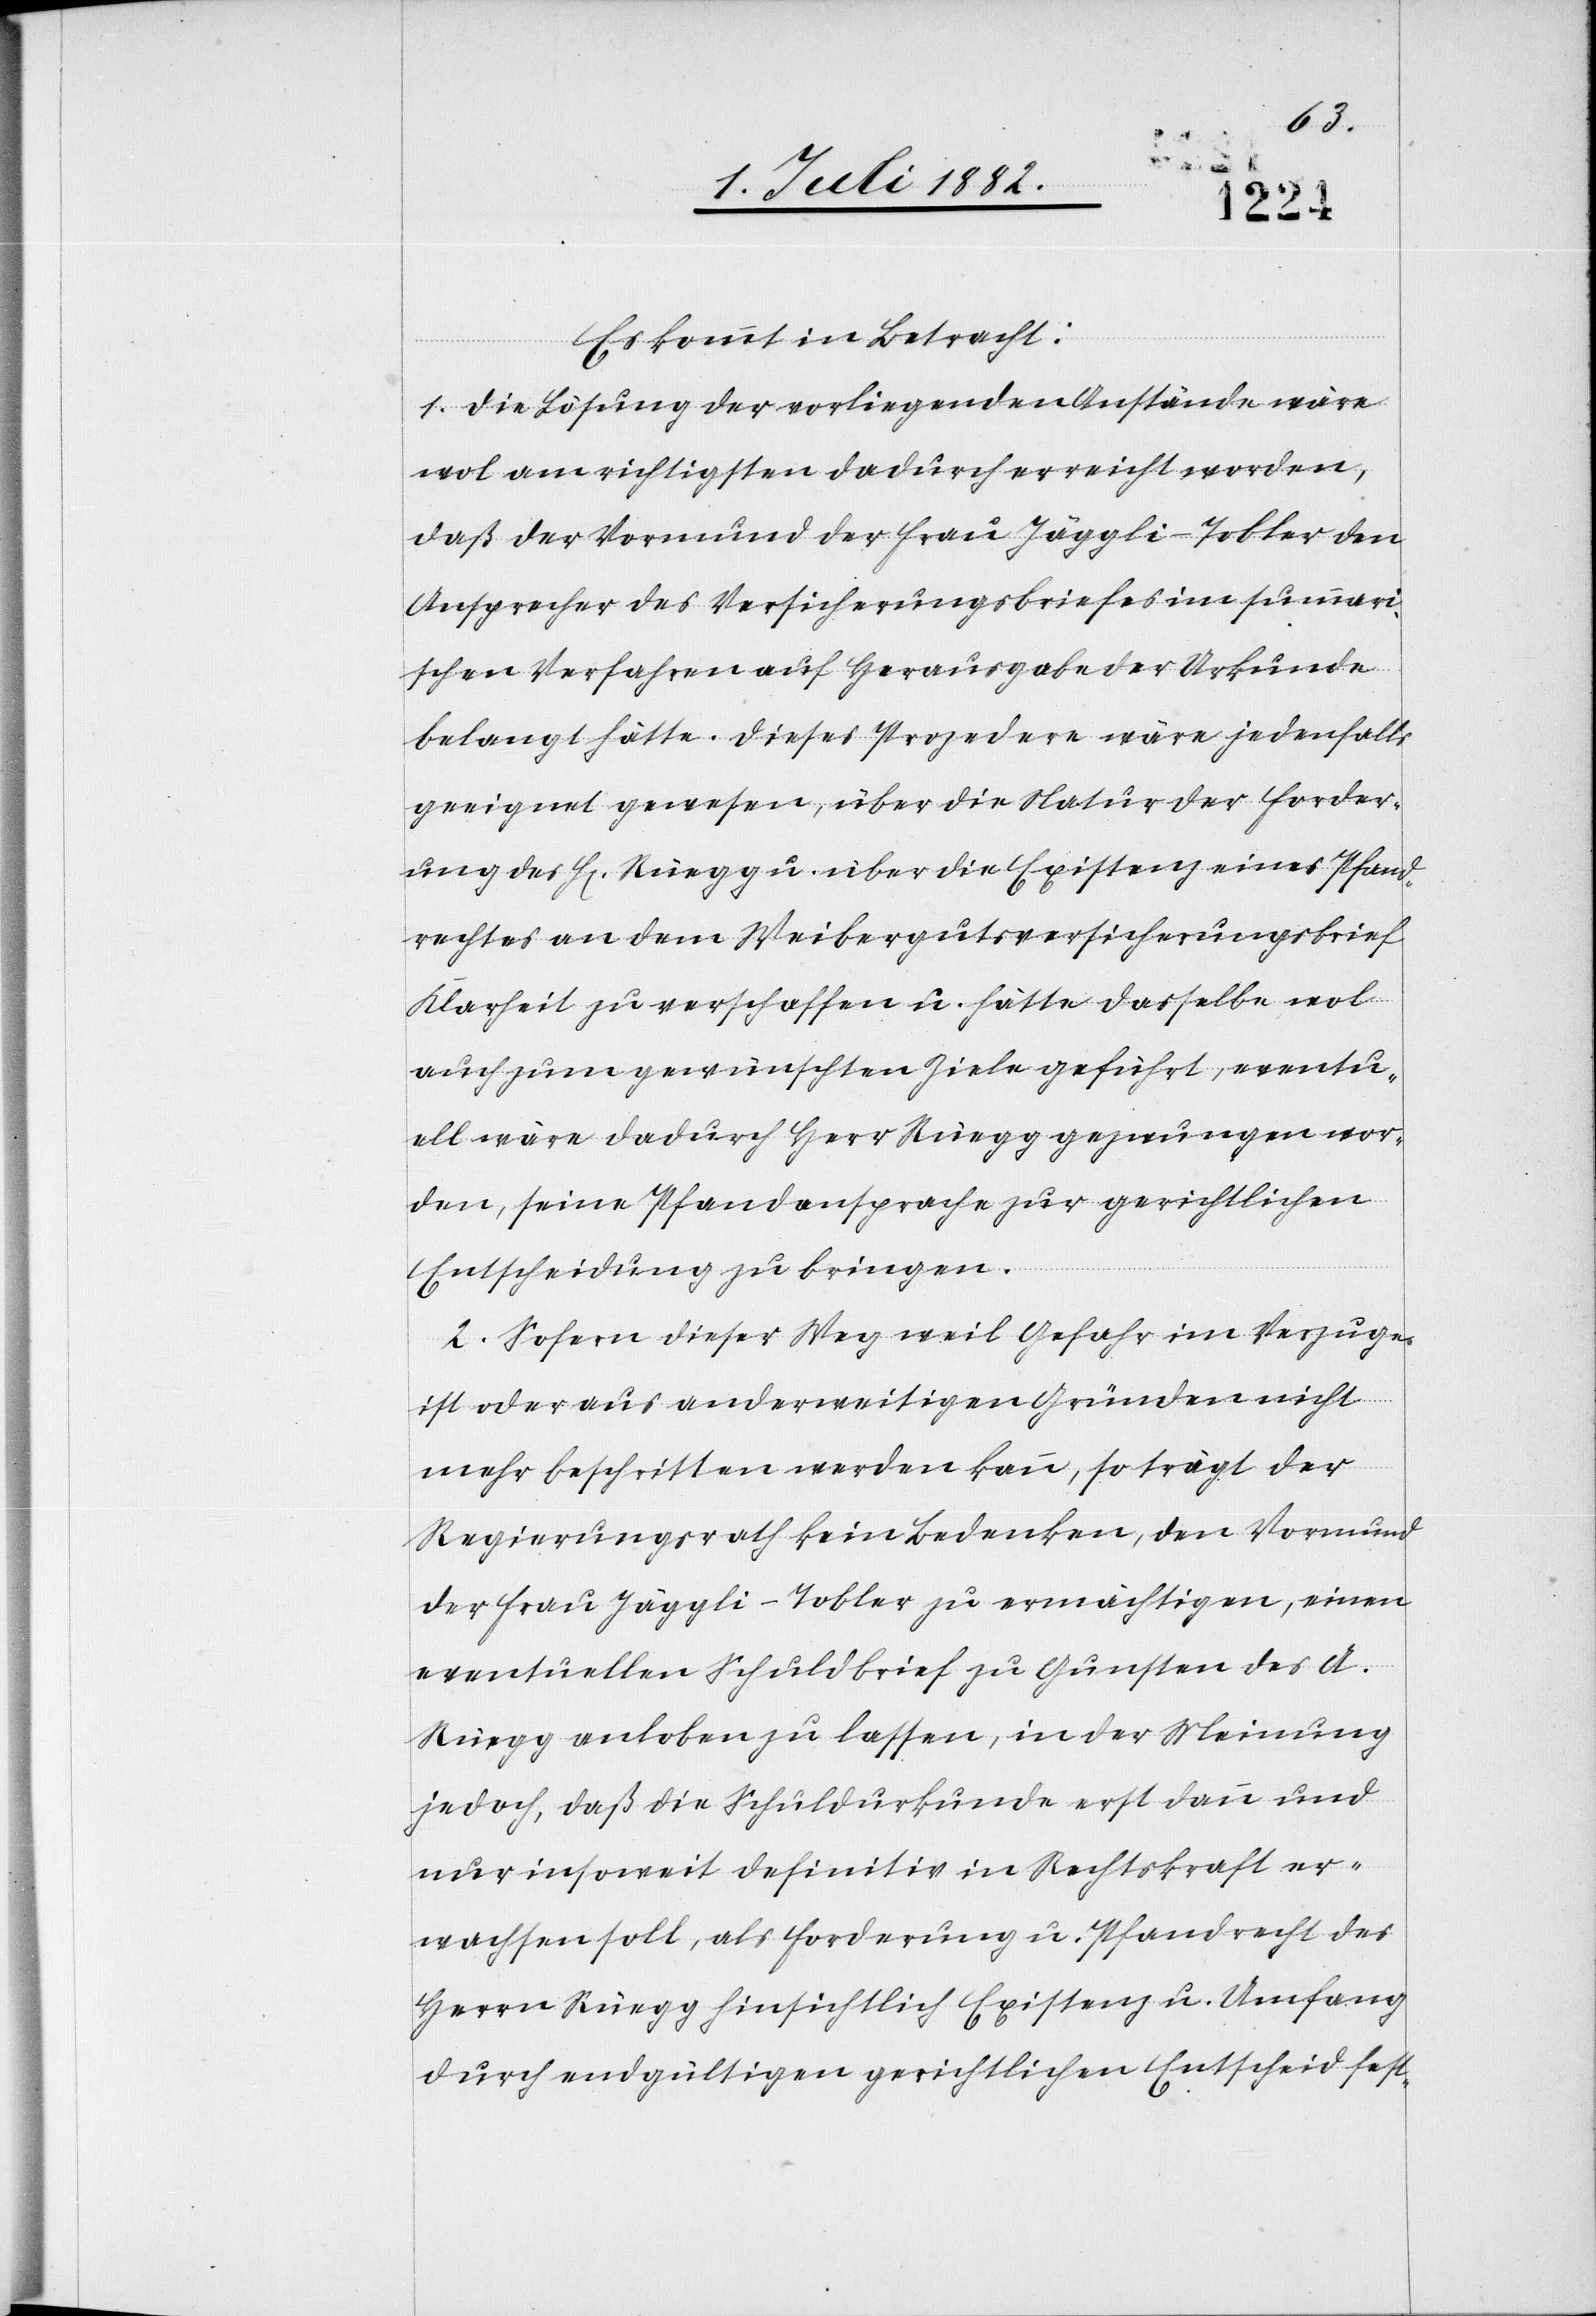
Es kommt in Betracht:
1. Die Lösung der vorliegenden Anstände wäre
wol am richtigsten dadurch erreicht worden,
daß der Vormund der Frau Jäggli-Tobler den
Ansprecher des Versicherungsbriefes im summari¬
schen Verfahren auf Herausgabe der Urkunde
belangt hätte. Dieses Prozedere wäre jedenfalls
geeignet gewesen, über die Natur der Forder¬
ung des H[erren] Rüegg u. über die Existenz eines Pfand¬
rechtes an dem Weibergutsversicherungsbrief
Klarheit zu verschaffen u. hätte dasselbe wol
auch zum gewünschten Ziele geführt, eventu¬
ell wäre dadurch Herr Rüegg gezwungen wor¬
den, seine Pfandansprache zur gerichtlichen
Entscheidung zu bringen.
2. Sofern dieser Weg weil Gefahr im Verzuge
ist oder aus anderweitigen Gründen nicht
mehr beschritten werden kann, so trägt der
Regierungsrath kein Bedenken, den Vormund
der Frau Jäggli-Tobler zu ermächtigen, einen
eventuellen Schuldbrief zu Gunsten des A.
Rüegg anloben zu lassen, in der Meinung
jedoch, daß die Schuldurkunde erst dann und
nur insoweit definitiv in Rechtskraft er¬
wachsen soll, als Forderung u. Pfandrecht des
Herrn Rüegg hinsichtlich Existenz u. Umfang
durch endgültigen gerichtlichen Entscheid fest-